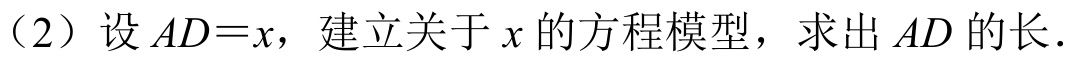
（2）设\(AD = x\)，建立关于\(x\)的方程模型，求出\(AD\)的长．